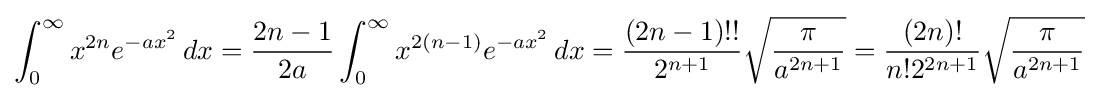
\int _{0}^{\infty }x^{2n}e^{-ax^{2}}\,dx={\frac {2n-1}{2a}}\int _{0}^{\infty }x^{2(n-1)}e^{-ax^{2}}\,dx={\frac {(2n-1)!!}{2^{n+1}}}{\sqrt {\frac {\pi }{a^{2n+1}}}}={\frac {(2n)!}{n!2^{2n+1}}}{\sqrt {\frac {\pi }{a^{2n+1}}}}